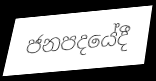
ජනපදයේදී